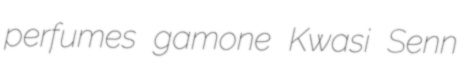
perfumes gamone Kwasi Senn